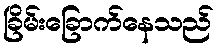
ခြိမ်းခြောက်နေသည်